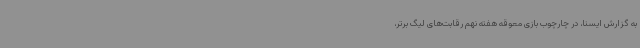
به گزارش ایسنا، در چارچوب بازی معوقه هفته نهم رقابت‌های لیگ برتر،